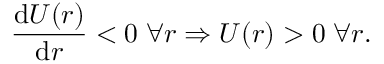
\frac { \mathrm { d } U ( r ) } { \mathrm { d } r } < 0 \; \forall r \Rightarrow U ( r ) > 0 \; \forall r .